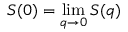
S ( 0 ) = \operatorname* { l i m } _ { q \to 0 } S ( q )